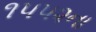
૧૫૫૨ના